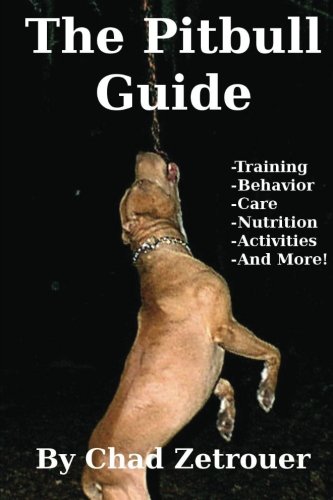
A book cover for The Pitbull Guide: Learn Training, Behavior, Nutrition, Care and Fun Activities; Chad Zetrouer; Crafts, Hobbies & Home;